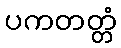
ပကတတ္တံ